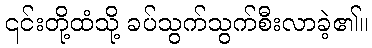
၎င်းတို့ထံသို့ ခပ်သွက်သွက်စီးလာခဲ့၏။